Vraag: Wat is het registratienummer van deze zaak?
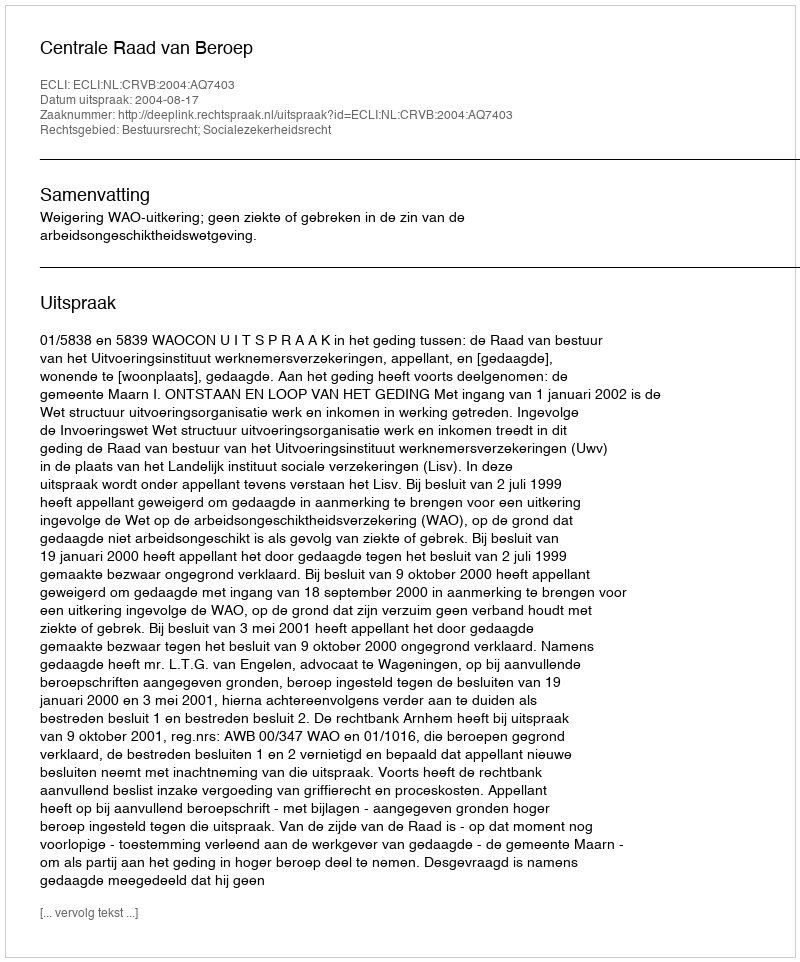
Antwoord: http://deeplink.rechtspraak.nl/uitspraak?id=ECLI:NL:CRVB:2004:AQ7403